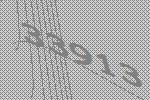
33913